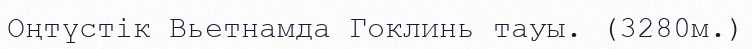
Оңтүстік Вьетнамда Гоклинь тауы. (3280м.)